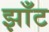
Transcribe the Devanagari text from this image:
झाँट